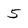
Character: 5